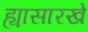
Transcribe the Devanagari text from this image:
ह्यासारखे